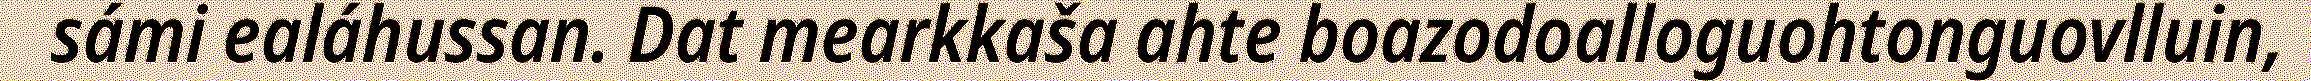
sámi ealáhussan. Dat mearkkaša ahte boazodoalloguohtonguovlluin,